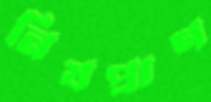
নিষপ্রাণ